Veski_algkool, lk 14
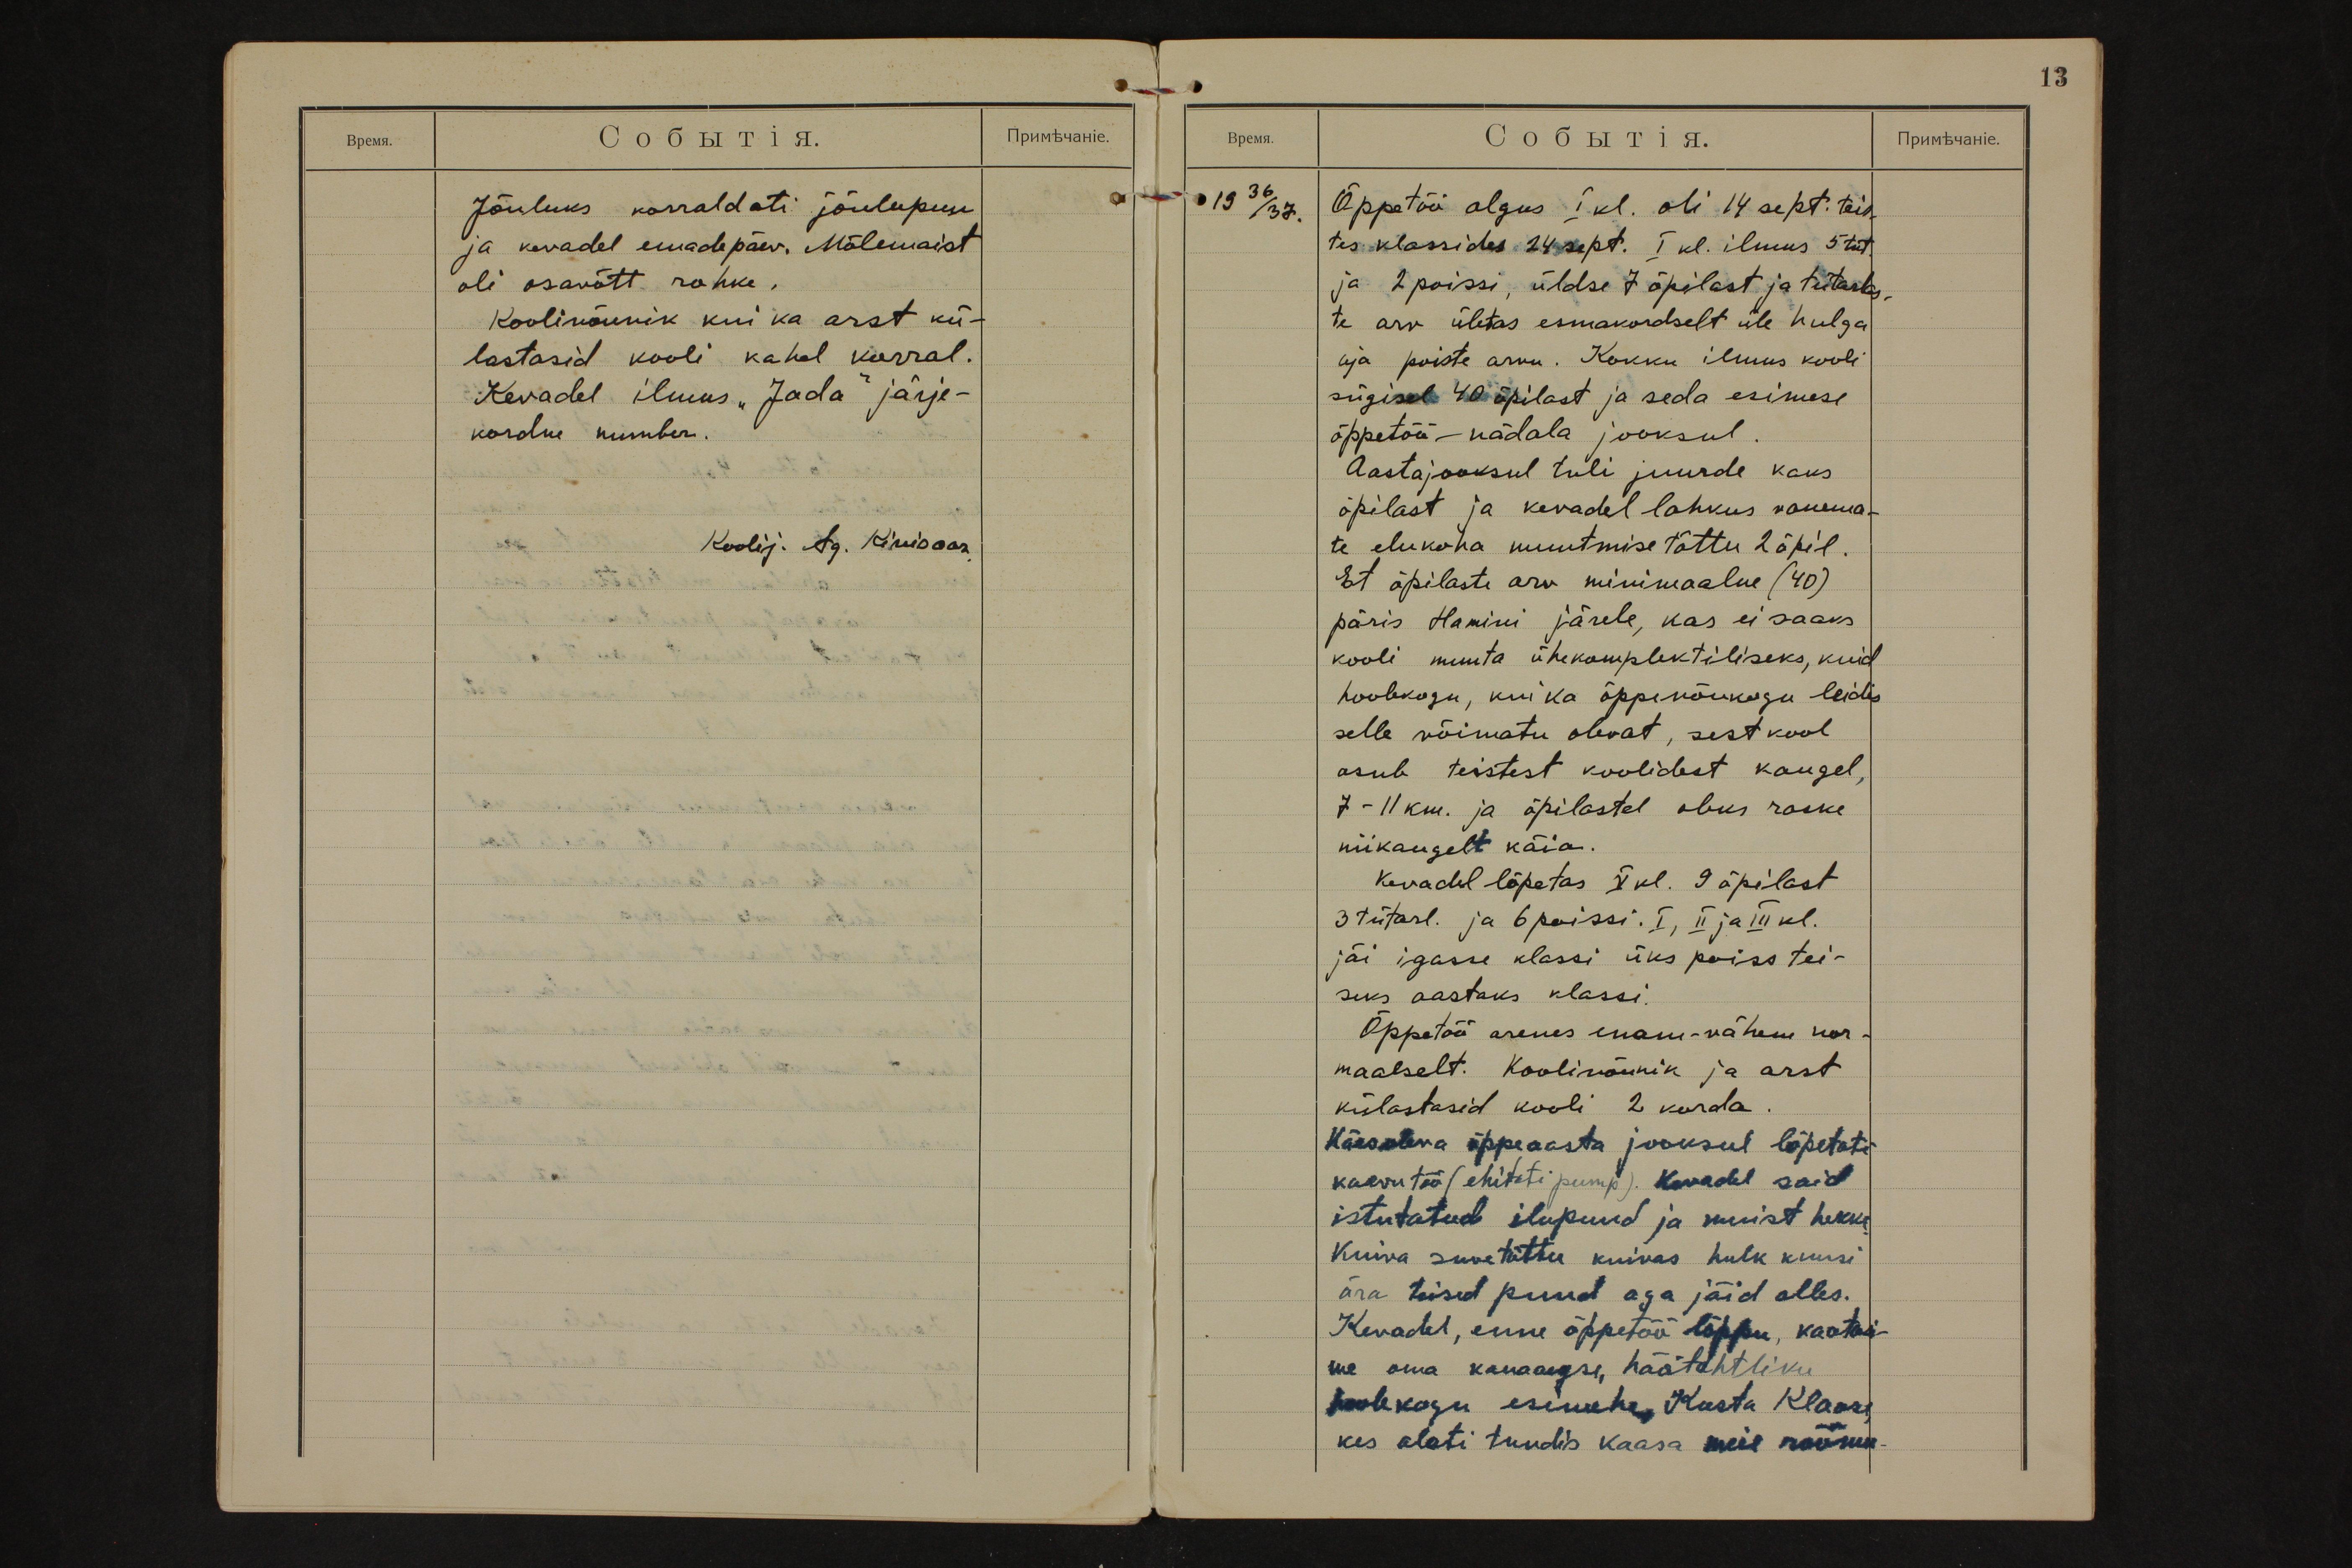
13

Jõuluks korraldati jõulupuu
ja kevadel emadepäev. Mõlemaist
oli osavõtt rohke.
Koolinõunik kui ka arst kü-
lastasid kooli kahel korral.
Kevadel ilmus "Jada" järje-
kordne number.
Koolij. Ag. Kivisaar.

1936/37.
Õppetöö algus I kl. oli 14 sept. teis-
tes klassides 24 sept. I kl. ilmus 5 tüt.
ja 2 poissi, üldse 7 õpilast ja tütarlas-
te arv ületas esmakordselt üle hulga
aja poiste arvu. Kokku ilmus kooli
sügisel 40 õpilast ja seda esimese
õppetöö nädala jooksul.
Aastajooksul tuli juurde kaks
õpilast ja kevadel lahkus vanema-
te elukoha muutmise tõttu 2 õpil.
Et õpilaste arv minimaalne (40)
päris Hamini järele, kas ei saaks
kooli muuta ühekomplektiliseks, kuid
hoolekogu, kui ka õppenõukogu leidis
selle võimatu olevat, sest kool
asub teistest koolidest kaugel,
7-11 km. ja õpilastel oleks raske
niikaugelt käia.
Kevadel lõpetas V kl. 9 õpilast
3 tütarl. ja 6 poissi. I, II ja III kl.
jäi igasse klassi üks poiss tei-
seks aastaks klassi.
Õppetöö arenes enam-vähem nor-
maalselt. Koolinõunik ja arst
külastasid kooli 2 korda.
Käesoleva õppeaasta jooksul lõpetati
kaevutöö (ehitati pump). Kevadel said
istutatud ilupuud ja muist hekki.
Kuiva suve tõttu kuivas hulk kuusi
ära teised puud aga jäid alles.
Kevadel, enne õppetöö lõppu, kaotasi-
me oma kauaaegse, häätahtliku
hoolekogu esimehe, Kusta Klaosi,
kes alati tundis kaasa meie rõõmu-